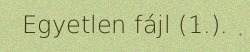
Egyetlen fájl (1.).